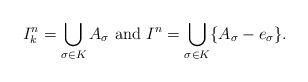
LaTeX: \begin{align*}I^n_k = \bigcup_{\sigma \in K} A_{\sigma} ~ \mbox{and} ~ I^n = \bigcup_{\sigma \in K} \{A_{\sigma} - e_{\sigma}\}.\end{align*}